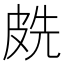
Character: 𭽧